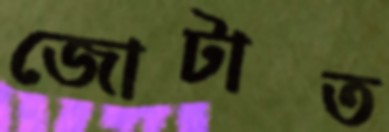
জোটাত